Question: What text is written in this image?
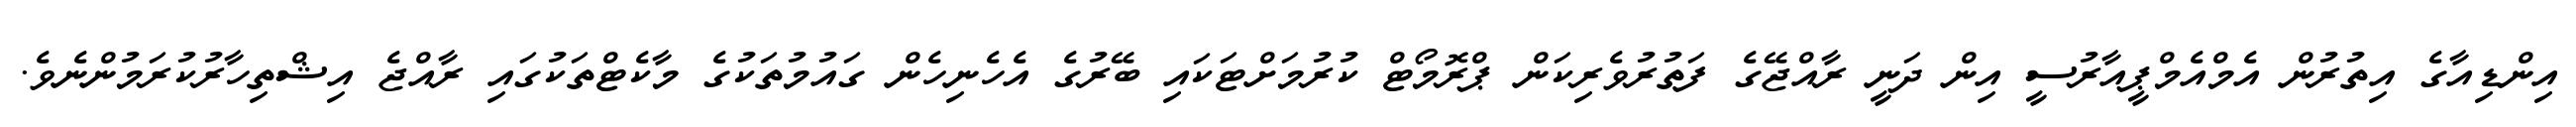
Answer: އިންޑިއާގެ އިތުރުން އެމްއެމްޕީއާރުސީ އިން ދަނީ ރާއްޖޭގެ ފަތުރުވެރިކަން ޕްރޮމޯޓް ކުރުމަށްޓަކައި ބޭރުގެ އެހެނިހެން ގައުމުތަކުގެ މާކެޓްތަކުގައި ރާއްޖެ އިޝްތިހާރުކުރަމުންނެވެ.